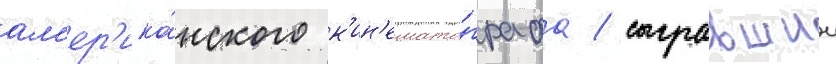
ам'ер'ика́нского к'ин'емато́графа / сыгравшии